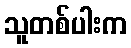
သူတစ်ပါးက